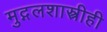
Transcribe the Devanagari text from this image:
मुद्गलशास्त्रीही